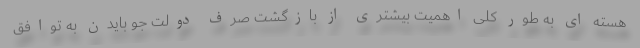
هسته ای به طور کلی اهمیت بیشتری از بازگشت صرف دولت جو بایدن به توافق